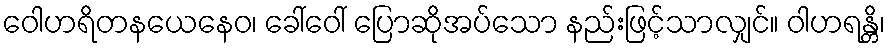
ဝေါဟရိတနယေနေဝ၊ ခေါ်ဝေါ် ပြောဆိုအပ်သော နည်းဖြင့်သာလျှင်။ ဝါဟရန္တိ၊